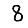
Digit: 8